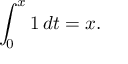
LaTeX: \int _ { 0 } ^ { x } 1 \, d t = x .